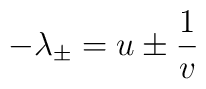
-\lambda _{\pm }=u\pm \frac{1}{v}